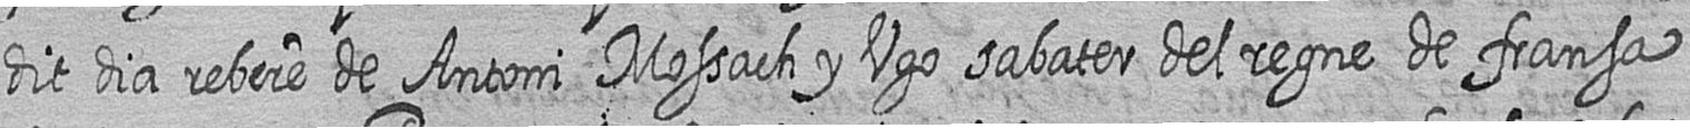
dit dia rebere de Antoni Mossach y Ugo sabater del regne de fransa